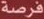
فرصة